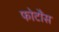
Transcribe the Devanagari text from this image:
फोटौंस